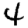
Digit: 4